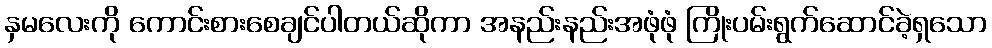
နှမလေးကို ကောင်းစားစေချင်ပါတယ်ဆိုကာ အနည်းနည်းအဖုံဖုံ ကြိုးပမ်းရွက်ဆောင်ခဲ့ရှသော